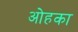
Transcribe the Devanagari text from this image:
ओहका